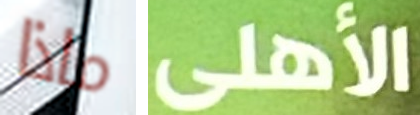
ماذا الأهلى